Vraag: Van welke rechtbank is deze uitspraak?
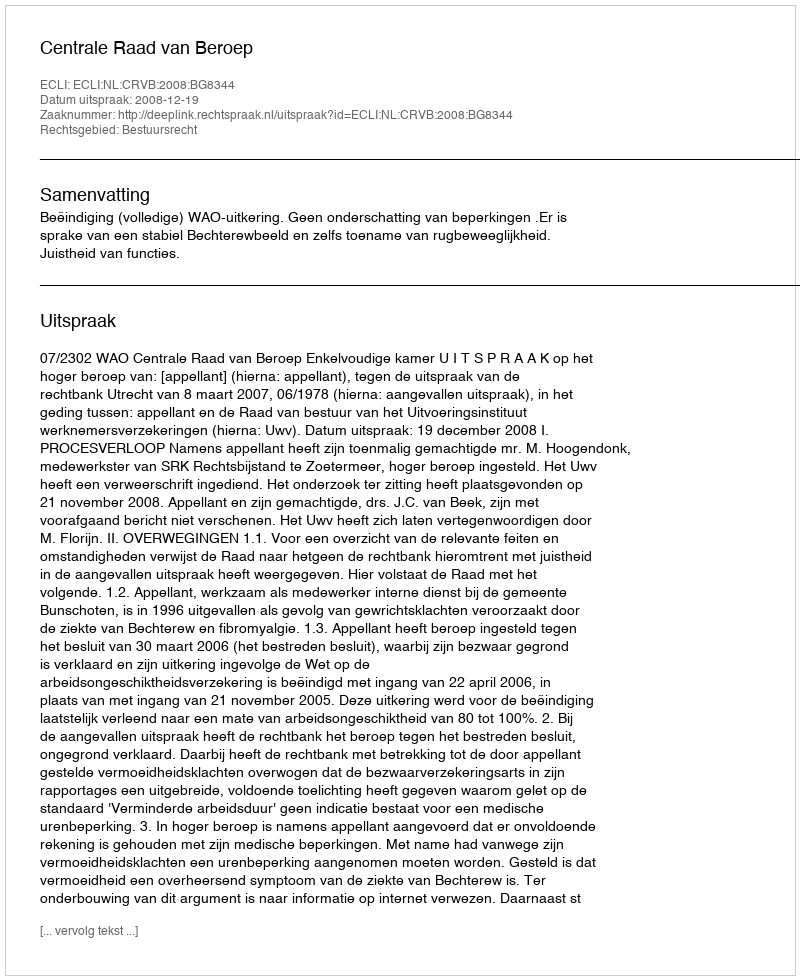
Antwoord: Centrale Raad van Beroep